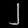
Digit: ၂